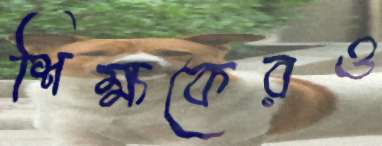
শিক্ষকেরও